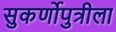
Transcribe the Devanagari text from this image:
सुकर्णोपुत्रीला